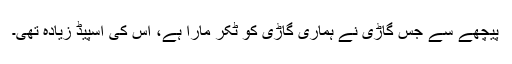
پیچھے سے جس گاڑی نے ہماری گاڑی کو ٹکر مارا ہے، اس کی اسپیڈ زیادہ تھی۔